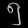
Digit: ၅